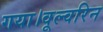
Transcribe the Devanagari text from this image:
गया।वूल्वरिन